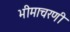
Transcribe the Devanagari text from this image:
भीमाचरणी